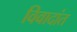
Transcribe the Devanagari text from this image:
विवादांत